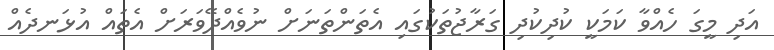
އަދި މީގަ ހެއްވާ ކަމަކީ ކުދިކުދި ގަރާޖުތަކުގައި އެތަންތަނަށް ނުވެއްދޭވަރަށް އެތައް އުޅަނދެއް